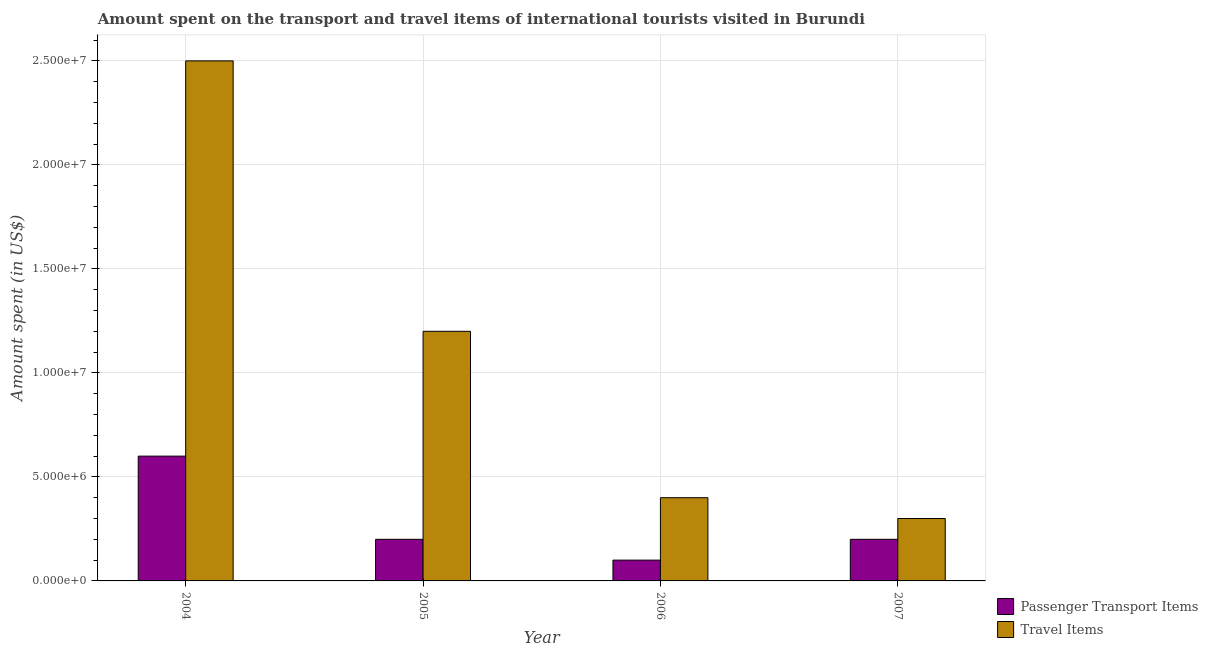
| Year | Passenger Transport Items | Travel Items |
 | --- | --- | --- |
 | 2004 | 6e+06 | 2.5e+07 |
 | 2005 | 2e+06 | 1.2e+07 |
 | 2006 | 1e+06 | 4e+06 |
 | 2007 | 2e+06 | 3e+06 |